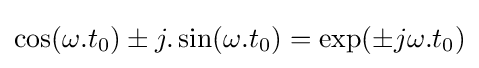
\cos(\omega .t_{0})\pm j.\sin(\omega .t_{0})=\exp(\pm j\omega .t_{0})